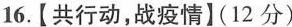
16.【共行动，战疫情】(12分)